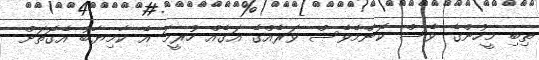
ތިބި މީހުންގެ ވެސް ކޮންމެވެސް ވަރެއްގެ އަގެއް ހުރީމަ އެ ކާމިޔާބު އެގޮތަށް